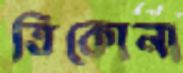
ত্রিকোনা